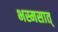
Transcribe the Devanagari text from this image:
भस्मसात्